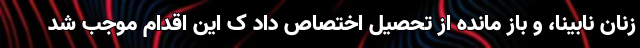
زنان نابینا، و باز مانده از تحصیل اختصاص داد ک این اقدام موجب شد